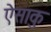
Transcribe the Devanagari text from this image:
ऐसाकु